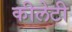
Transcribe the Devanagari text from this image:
कीलेटी